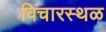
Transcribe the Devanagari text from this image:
विचारस्थळ